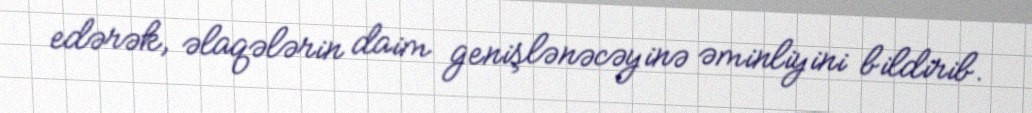
edərək, əlaqələrin daim genişlənəcəyinə əminliyini bildirib.